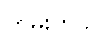
တမ်းတွင်